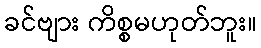
ခင်ဗျား ကိစ္စမဟုတ်ဘူး။